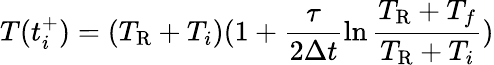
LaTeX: T(t_{i}^{+})=(T_{\mathrm{R}}+T_{i})(1+\frac{\tau}{2\Delta t}\ln\frac{T_{\mathrm{R}}+T_{f}}{T_{\mathrm{R}}+T_{i}})